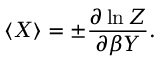
\langle X \rangle = \pm { \frac { \partial \ln Z } { \partial \beta Y } } .